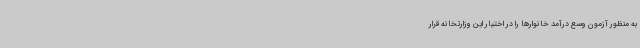
به منظور آزمون وسع درآمد خانوارها را در اختیار این وزارتخانه قرار